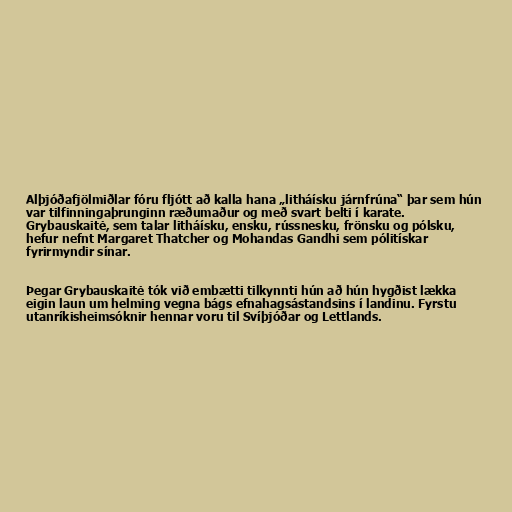
Alþjóðafjölmiðlar fóru fljótt að kalla hana „litháísku járnfrúna“ þar sem hún
var tilfinningaþrunginn ræðumaður og með svart belti í karate.
Grybauskaitė, sem talar litháísku, ensku, rússnesku, frönsku og pólsku,
hefur nefnt Margaret Thatcher og Mohandas Gandhi sem pólitískar
fyrirmyndir sínar.

Þegar Grybauskaitė tók við embætti tilkynnti hún að hún hygðist lækka
eigin laun um helming vegna bágs efnahagsástandsins í landinu. Fyrstu
utanríkisheimsóknir hennar voru til Svíþjóðar og Lettlands.